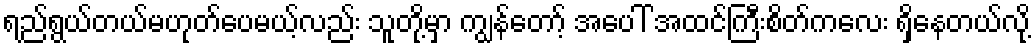
ရည်ရွယ်တယ်မဟုတ်ပေမယ့်လည်း သူတို့မှာ ကျွန်တော့် အပေါ် အထင်ကြီးစိတ်ကလေး ရှိနေတယ်လို့